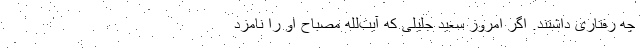
چه رفتاری داشتند. اگر امروز سعید جلیلی که آیت‌لله مصباح او را نامزد